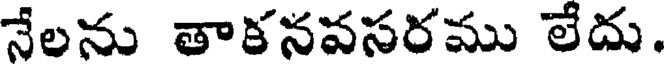
నేలను తాకనవసరము లేదు.